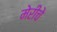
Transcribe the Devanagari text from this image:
मेरीचे